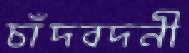
চাঁদবদনী